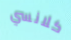
كلانسي